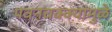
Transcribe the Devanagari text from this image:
पवनचक्क्यांमुळे